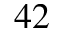
^ { 4 2 }